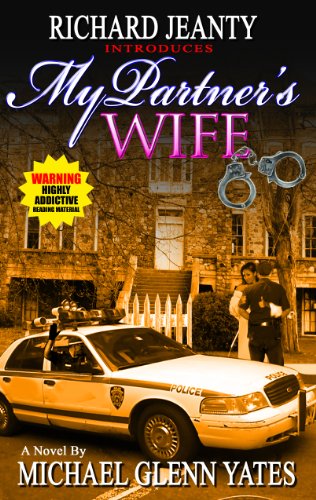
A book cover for My Partner's Wife; Michael Glenn Yates; Romance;